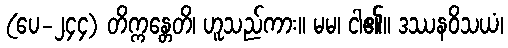
(ပေ-၂၄၄) တိက္ကန္တေတိ၊ ဟူသည်ကား။ မမ၊ ငါ၏။ ဒဿနဝိသယံ၊